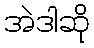
အဲဒါဆို